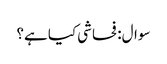
سوال: فحاشی کیا ہے؟